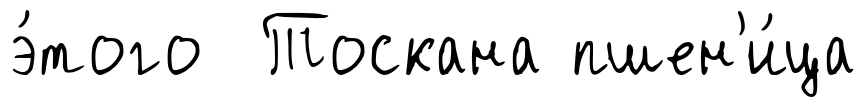
э́того Тоскана пшен'и́ца